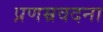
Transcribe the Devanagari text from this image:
प्रणम्रवदना